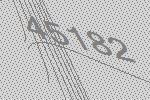
45182